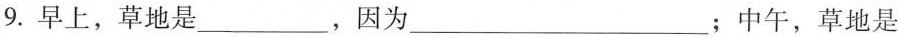
9. 早上，草地是 ___ ，因为 ___ ；中午，草地是